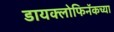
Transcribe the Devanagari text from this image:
डायक्लोफिनॅकच्या